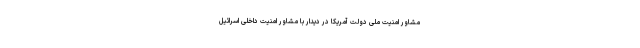
مشاور امنیت ملی دولت آمریکا در دیدار با مشاور امنیت داخلی اسرائیل